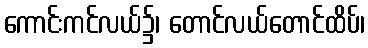
ကောင်းကင်လယ်၌၊ တောင်လယ်တောင်ထိပ်၊